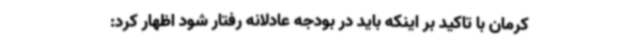
کرمان با تاکید بر اینکه باید در بودجه عادلانه رفتار شود اظهار کرد: